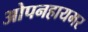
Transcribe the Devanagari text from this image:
ओपनहायमर